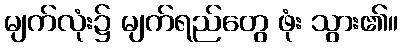
မျက်လုံး၌ မျက်ရည်တွေ ဖုံး သွား၏။